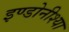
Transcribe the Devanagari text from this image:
इण्डोनीश्या